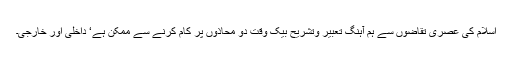
اسلام کی عصری تقاضوں سے ہم آہنگ تعبیر وتشریح بیک وقت دو محاذوں پر کام کرنے سے ممکن ہے‘ داخلی اور خارجی۔